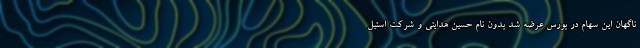
ناگهان این سهام در بورس عرضه شد بدون نام حسين هدایتی و شرکت استیل